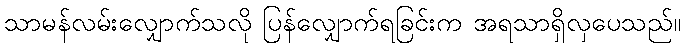
သာမန်လမ်းလျှောက်သလို ပြန်လျှောက်ရခြင်းက အရသာရှိလှပေသည်။